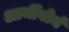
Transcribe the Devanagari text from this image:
आर्मीवोर्म